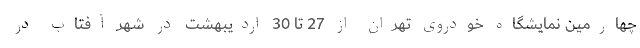
چهارمین نمایشگاه خودروی تهران از 27 تا 30 اردیبهشت در شهر آفتاب در